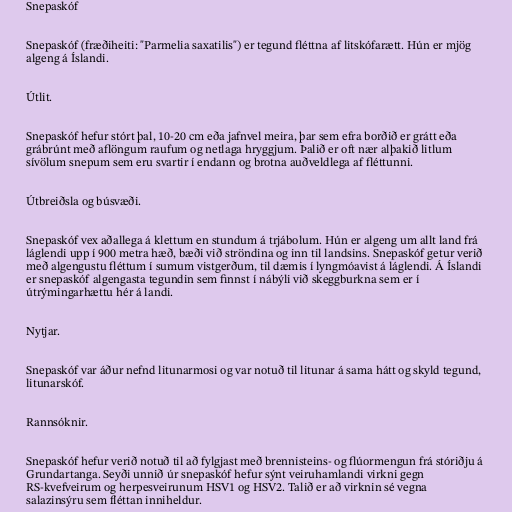
Snepaskóf

Snepaskóf (fræðiheiti: "Parmelia saxatilis") er tegund fléttna af litskófarætt. Hún er mjög
algeng á Íslandi.

Útlit.

Snepaskóf hefur stórt þal, 10-20 cm eða jafnvel meira, þar sem efra borðið er grátt eða
grábrúnt með aflöngum raufum og netlaga hryggjum. Þalið er oft nær alþakið litlum
sívölum snepum sem eru svartir í endann og brotna auðveldlega af fléttunni.

Útbreiðsla og búsvæði.

Snepaskóf vex aðallega á klettum en stundum á trjábolum. Hún er algeng um allt land frá
láglendi upp í 900 metra hæð, bæði við ströndina og inn til landsins. Snepaskóf getur verið
með algengustu fléttum í sumum vistgerðum, til dæmis í lyngmóavist á láglendi. Á Íslandi
er snepaskóf algengasta tegundin sem finnst í nábýli við skeggburkna sem er í
útrýmingarhættu hér á landi.

Nytjar.

Snepaskóf var áður nefnd litunarmosi og var notuð til litunar á sama hátt og skyld tegund,
litunarskóf.

Rannsóknir.

Snepaskóf hefur verið notuð til að fylgjast með brennisteins- og flúormengun frá stóriðju á
Grundartanga. Seyði unnið úr snepaskóf hefur sýnt veiruhamlandi virkni gegn
RS-kvefveirum og herpesveirunum HSV1 og HSV2. Talið er að virknin sé vegna
salazinsýru sem fléttan inniheldur.